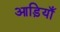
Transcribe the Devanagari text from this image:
आड़ियाँ